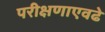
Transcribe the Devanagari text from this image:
परीक्षणाएवढे